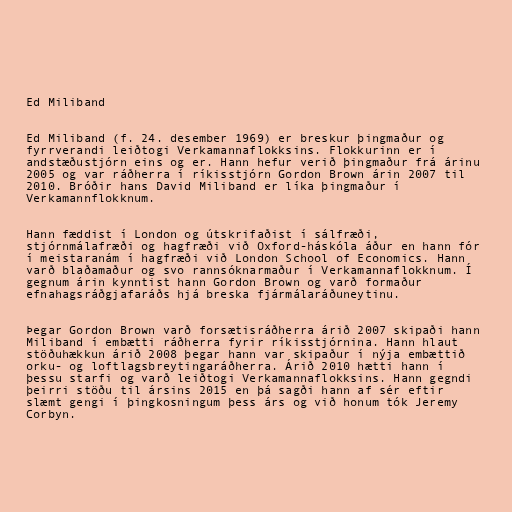
Ed Miliband

Ed Miliband (f. 24. desember 1969) er breskur þingmaður og
fyrrverandi leiðtogi Verkamannaflokksins. Flokkurinn er í
andstæðustjórn eins og er. Hann hefur verið þingmaður frá árinu
2005 og var ráðherra í ríkisstjórn Gordon Brown árin 2007 til
2010. Bróðir hans David Miliband er líka þingmaður í
Verkamannflokknum.

Hann fæddist í London og útskrifaðist í sálfræði,
stjórnmálafræði og hagfræði við Oxford-háskóla áður en hann fór
í meistaranám í hagfræði við London School of Economics. Hann
varð blaðamaður og svo rannsóknarmaður í Verkamannaflokknum. Í
gegnum árin kynntist hann Gordon Brown og varð formaður
efnahagsráðgjafaráðs hjá breska fjármálaráðuneytinu.

Þegar Gordon Brown varð forsætisráðherra árið 2007 skipaði hann
Miliband í embætti ráðherra fyrir ríkisstjórnina. Hann hlaut
stöðuhækkun árið 2008 þegar hann var skipaður í nýja embættið
orku- og loftlagsbreytingaráðherra. Árið 2010 hætti hann í
þessu starfi og varð leiðtogi Verkamannaflokksins. Hann gegndi
þeirri stöðu til ársins 2015 en þá sagði hann af sér eftir
slæmt gengi í þingkosningum þess árs og við honum tók Jeremy
Corbyn.